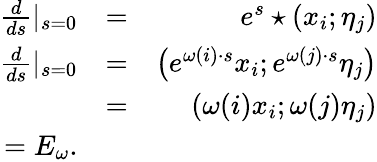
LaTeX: \begin{array}{rlr}{\frac{d}{ds}|_{s=0}}&{=}&{e^{s}\star\left(x_{i};\eta_{j}\right)}\\ {\frac{d}{ds}|_{s=0}}&{=}&{\left(e^{\omega\left(i\right)\cdot s}x_{i};e^{\omega\left(j\right)\cdot s}\eta_{j}\right)}\\ &{=}&{\left(\omega(i)x_{i};\omega(j)\eta_{j}\right)}\\ {=E_{\omega}.}\end{array}